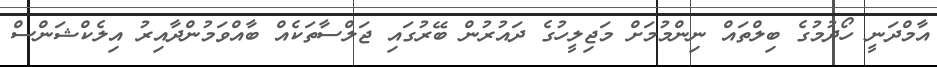
އާމްދަނީ ހޯދުމުގެ ބިލްތައް ނިންމުމަށް މަޖިލީހުގެ ދައުރުން ބޭރުގައި ޖަލްސާތަކެއް ބާއްވަމުންދާއިރު އިލެކްޝަންސް